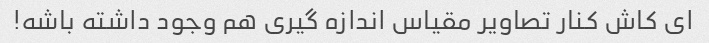
ای کاش کنار تصاویر مقیاس اندازه گیری هم وجود داشته باشه!